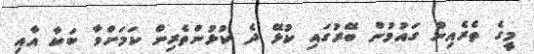
މީގެ ތެރެއިން ގައުމުން ބޭރުގައި ކުޅޭ ދެ ކުޅުންތެރިން ކަމަށްވާ ބަކާ އާއި